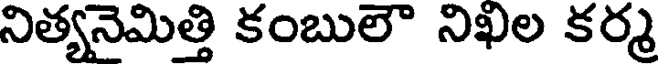
నిత్యనైమిత్తి కంబులౌ నిఖిల కర్మ